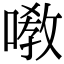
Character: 嘋